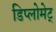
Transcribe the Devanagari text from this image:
डिप्लोमेट्